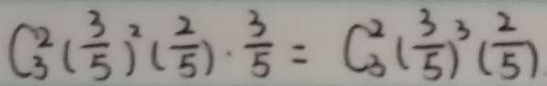
C _ { 3 } ^ { 2 } ( \frac { 3 } { 5 } ) ^ { 2 } ( \frac { 2 } { 5 } ) \cdot \frac { 3 } { 5 } = C _ { 3 } ^ { 2 } ( \frac { 3 } { 5 } ) ^ { 3 } ( \frac { 2 } { 5 } )